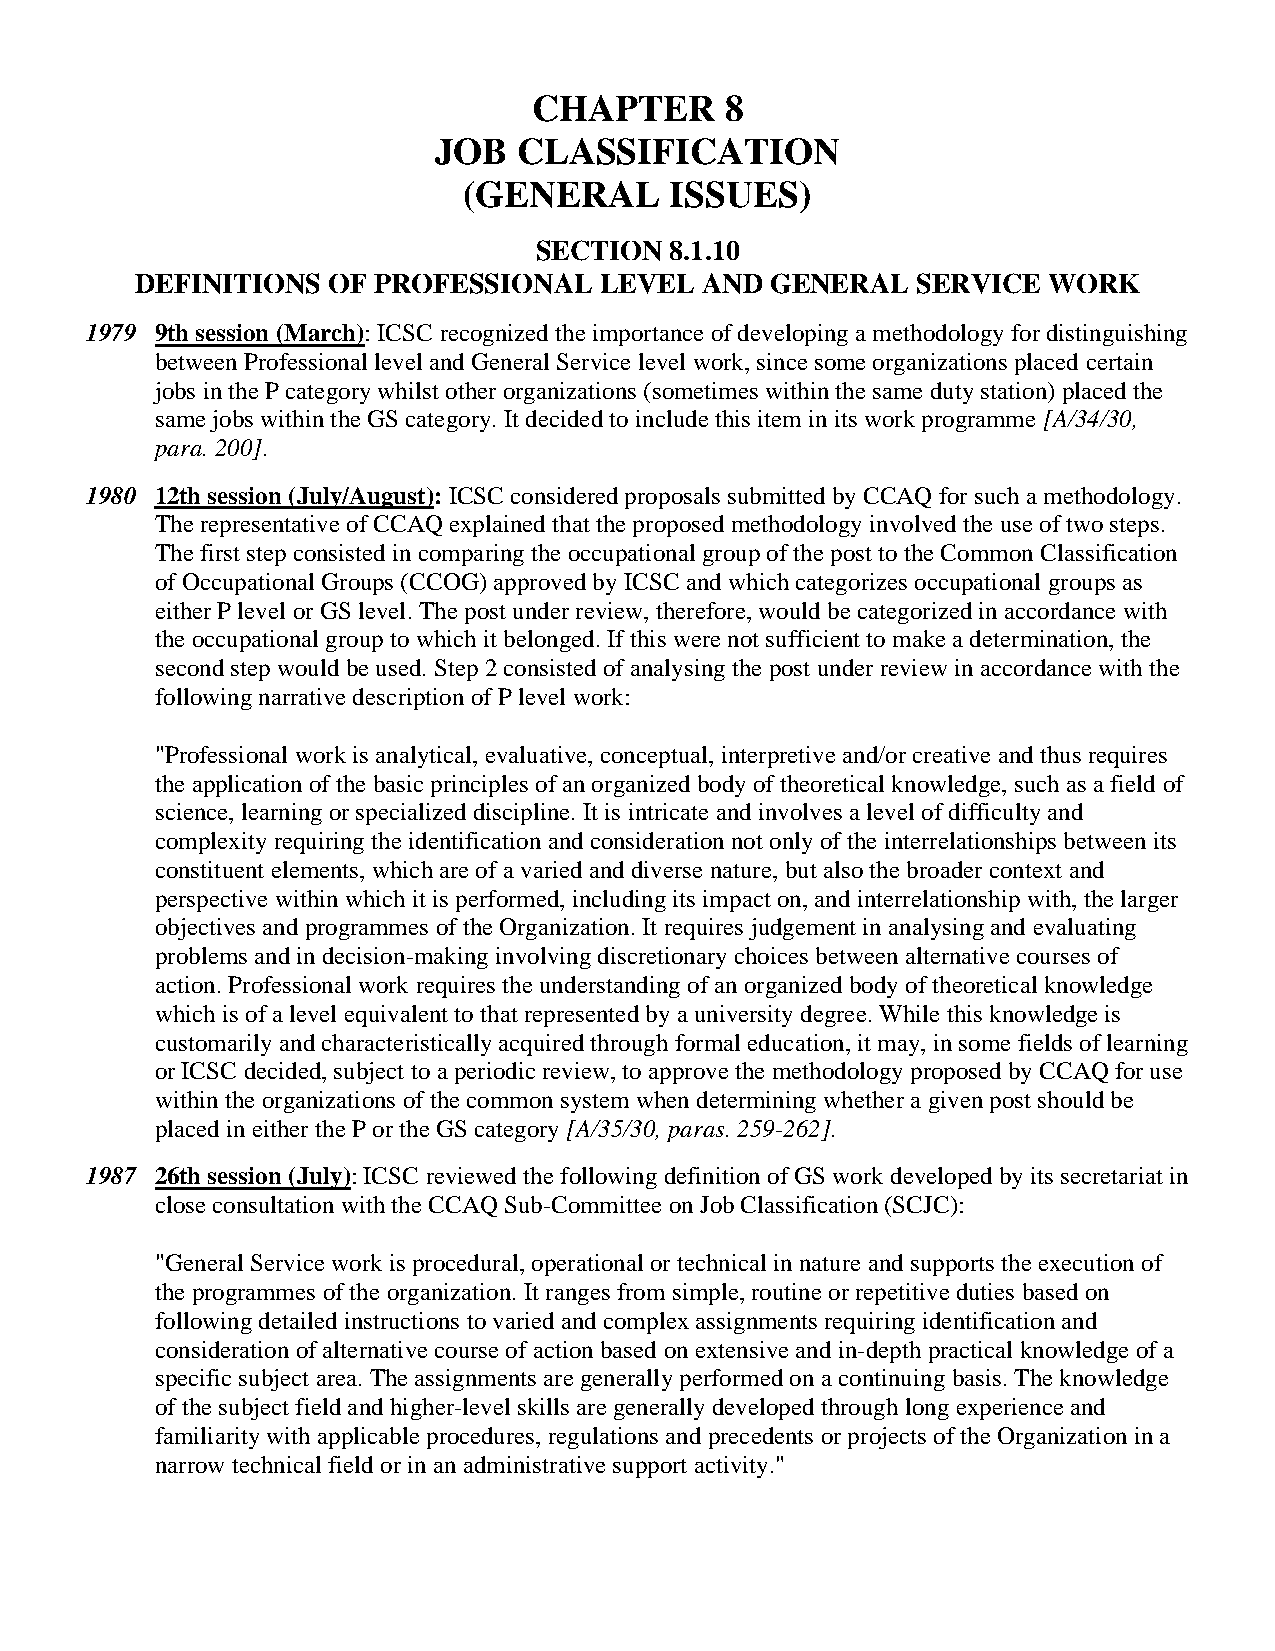
CHAPTER      8
 JOB  CLASSIFICATION
 (GENERAL     ISSUES)
 SECTION  8.1.10
 DEFINITIONS  OF PROFESSIONAL   LEVEL AND  GENERAL   SERVICE WORK
 1979 9th session (March): ICSC recognized the importance of developing a methodology for distinguishing
 between Professional level and General Service level work, since some organizations placed certain
 jobs in the P category whilst other organizations (sometimes within the same duty station) placed the
 same jobs within the GS category. It decided to include this item in its work programme [A/34/30,
 para. 200].
 1980 12th session (July/August): ICSC considered proposals submitted by CCAQ for such a methodology.
 The representative of CCAQ explained that the proposed methodology involved the use of two steps.
 The first step consisted in comparing the occupational group of the post to the Common Classification
 of Occupational Groups (CCOG) approved by ICSC and which categorizes occupational groups as
 either P level or GS level. The post under review, therefore, would be categorized in accordance with
 the occupational group to which it belonged. If this were not sufficient to make a determination, the
 second step would be used. Step 2 consisted of analysing the post under review in accordance with the
 following narrative description of P level work:
 "Professional work is analytical, evaluative, conceptual, interpretive and/or creative and thus requires
 the application of the basic principles of an organized body of theoretical knowledge, such as a field of
 science, learning or specialized discipline. It is intricate and involves a level of difficulty and
 complexity requiring the identification and consideration not only of the interrelationships between its
 constituent elements, which are of a varied and diverse nature, but also the broader context and
 perspective within which it is performed, including its impact on, and interrelationship with, the larger
 objectives and programmes of the Organization. It requires judgement in analysing and evaluating
 problems and in decision-making involving discretionary choices between alternative courses of
 action. Professional work requires the understanding of an organized body of theoretical knowledge
 which is of a level equivalent to that represented by a university degree. While this knowledge is
 customarily and characteristically acquired through formal education, it may, in some fields of learning
 or ICSC decided, subject to a periodic review, to approve the methodology proposed by CCAQ for use
 within the organizations of the common system when determining whether a given post should be
 placed in either the P or the GS category [A/35/30, paras. 259-262].
 1987 26th session (July): ICSC reviewed the following definition of GS work developed by its secretariat in
 close consultation with the CCAQ Sub-Committee on Job Classification (SCJC):
 "General Service work is procedural, operational or technical in nature and supports the execution of
 the programmes of the organization. It ranges from simple, routine or repetitive duties based on
 following detailed instructions to varied and complex assignments requiring identification and
 consideration of alternative course of action based on extensive and in-depth practical knowledge of a
 specific subject area. The assignments are generally performed on a continuing basis. The knowledge
 of the subject field and higher-level skills are generally developed through long experience and
 familiarity with applicable procedures, regulations and precedents or projects of the Organization in a
 narrow technical field or in an administrative support activity."